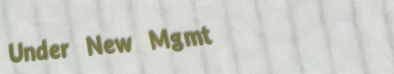
Under New Mgmt